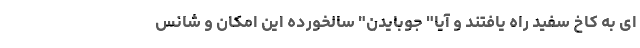
ای به کاخ سفید راه یافتند و آیا" جوبایدن" سالخورده این امکان و شانس